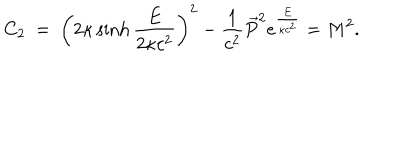
C _ { 2 } \ = \ \left( 2 \kappa \sinh \frac { E } { 2 \kappa c ^ { 2 } } \right) ^ { 2 } - { \frac { 1 } { c ^ { 2 } } } \vec { P } ^ { 2 } e ^ { \frac { E } { \kappa c ^ { 2 } } } = M ^ { 2 } .